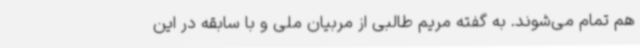
هم تمام می‌شوند. به گفته مریم طالبی از مربیان ملی و با سابقه در این